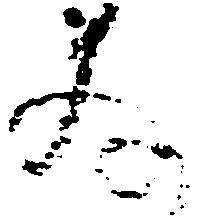
存